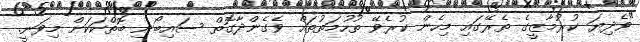
"ވެދިޔަ ކުރުމާޒީގެ ތެރޭގައި މިހެން ކުރެވޭ ތުހުމަތުތައް ވެގެންދާގޮތް ސައިބޯނި ބޮތްކަކަށް މިވަނީ.